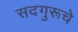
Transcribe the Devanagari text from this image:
सदगुरूचे